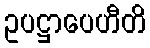
ဥပဋ္ဌာပေဟီတိ